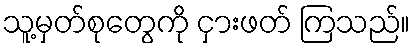
သူ့မှတ်စုတွေကို ငှားဖတ် ကြသည်။